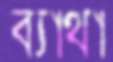
ব্যাথা